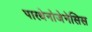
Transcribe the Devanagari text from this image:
पारथेनोजेनेसिस